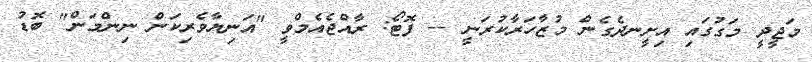
މަޖީދީ މަގުގައި އިށީނދެގެން މުޒާހަރާކުރަނީ -- ފޮޓޯ: ރާއްޖެއެމްވީ "އަނިޔާވެރިކަން ނިންމަން" ބޮޑު